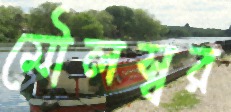
মৌলস্বর